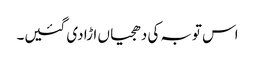
اس توبہ کی دھجیاں اڑا دی گئیں۔